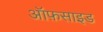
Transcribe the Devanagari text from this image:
ऑफ़साइड